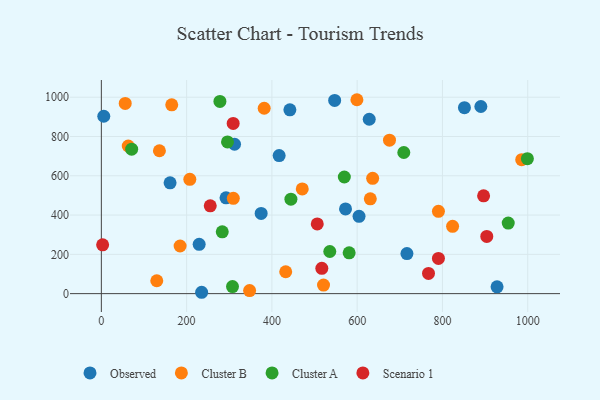
{"axis": {"x": "Investment", "y": "Demand"}, "legend": ["Cluster A", "Cluster B", "Observed", "Scenario 1"], "data": [{"x": "235.2", "y": 6.9, "type": "Observed"}, {"x": "161.2", "y": 564.2, "type": "Observed"}, {"x": "604.4", "y": 393.6, "type": "Observed"}, {"x": "417.0", "y": 703.1, "type": "Observed"}, {"x": "572.7", "y": 431.5, "type": "Observed"}, {"x": "374.8", "y": 408.5, "type": "Observed"}, {"x": "928.1", "y": 34.7, "type": "Observed"}, {"x": "229.4", "y": 251.0, "type": "Observed"}, {"x": "312.4", "y": 760.6, "type": "Observed"}, {"x": "5.7", "y": 903.1, "type": "Observed"}, {"x": "292.4", "y": 488.0, "type": "Observed"}, {"x": "547.2", "y": 983.5, "type": "Observed"}, {"x": "890.1", "y": 952.7, "type": "Observed"}, {"x": "628.3", "y": 887.9, "type": "Observed"}, {"x": "442.2", "y": 935.8, "type": "Observed"}, {"x": "851.6", "y": 946.5, "type": "Observed"}, {"x": "716.7", "y": 204.0, "type": "Observed"}, {"x": "381.9", "y": 943.8, "type": "Cluster B"}, {"x": "130.0", "y": 65.5, "type": "Cluster B"}, {"x": "823.8", "y": 342.5, "type": "Cluster B"}, {"x": "63.1", "y": 751.7, "type": "Cluster B"}, {"x": "790.6", "y": 419.2, "type": "Cluster B"}, {"x": "56.0", "y": 968.2, "type": "Cluster B"}, {"x": "184.7", "y": 242.6, "type": "Cluster B"}, {"x": "599.4", "y": 987.2, "type": "Cluster B"}, {"x": "521.1", "y": 43.7, "type": "Cluster B"}, {"x": "636.3", "y": 587.0, "type": "Cluster B"}, {"x": "471.2", "y": 532.9, "type": "Cluster B"}, {"x": "207.5", "y": 581.9, "type": "Cluster B"}, {"x": "432.4", "y": 111.5, "type": "Cluster B"}, {"x": "985.9", "y": 681.8, "type": "Cluster B"}, {"x": "136.2", "y": 727.5, "type": "Cluster B"}, {"x": "675.8", "y": 781.2, "type": "Cluster B"}, {"x": "347.7", "y": 15.6, "type": "Cluster B"}, {"x": "630.8", "y": 482.8, "type": "Cluster B"}, {"x": "165.1", "y": 961.4, "type": "Cluster B"}, {"x": "309.5", "y": 485.0, "type": "Cluster B"}, {"x": "954.3", "y": 359.2, "type": "Cluster A"}, {"x": "581.2", "y": 207.9, "type": "Cluster A"}, {"x": "295.9", "y": 772.5, "type": "Cluster A"}, {"x": "278.1", "y": 978.6, "type": "Cluster A"}, {"x": "71.1", "y": 735.2, "type": "Cluster A"}, {"x": "535.8", "y": 214.4, "type": "Cluster A"}, {"x": "444.6", "y": 480.8, "type": "Cluster A"}, {"x": "999.2", "y": 687.3, "type": "Cluster A"}, {"x": "283.6", "y": 314.7, "type": "Cluster A"}, {"x": "569.9", "y": 593.7, "type": "Cluster A"}, {"x": "307.6", "y": 35.8, "type": "Cluster A"}, {"x": "709.4", "y": 718.6, "type": "Cluster A"}, {"x": "904.0", "y": 291.2, "type": "Scenario 1"}, {"x": "255.4", "y": 447.0, "type": "Scenario 1"}, {"x": "309.2", "y": 866.7, "type": "Scenario 1"}, {"x": "517.1", "y": 129.0, "type": "Scenario 1"}, {"x": "790.6", "y": 179.2, "type": "Scenario 1"}, {"x": "896.5", "y": 497.9, "type": "Scenario 1"}, {"x": "506.4", "y": 354.9, "type": "Scenario 1"}, {"x": "3.0", "y": 248.7, "type": "Scenario 1"}, {"x": "767.3", "y": 102.7, "type": "Scenario 1"}]}